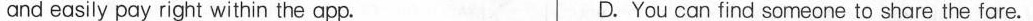
and easily pay right within the app. D. You can find someone to share the fare.